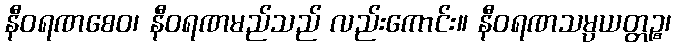
နီဝရဏစေဝ၊ နီဝရဏမည်သည် လည်းကောင်း။ နီဝရဏသမ္ပယတ္တဉ္စ၊